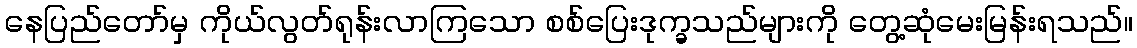
နေပြည်တော်မှ ကိုယ်လွတ်ရုန်းလာကြသော စစ်ပြေးဒုက္ခသည်များကို တွေ့ဆုံမေးမြန်းရသည်။